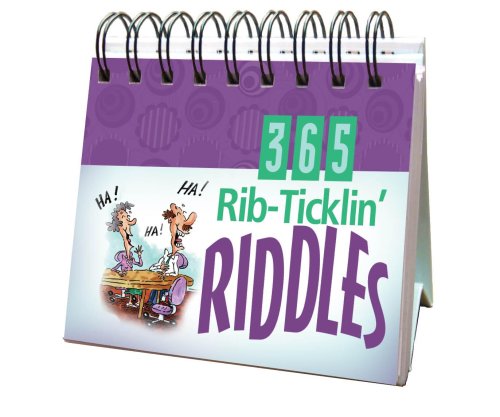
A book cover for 365 Rib Ticklin' Riddles (365 Perpetual Calendars); Barbour Publishing; Calendars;